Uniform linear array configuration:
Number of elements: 8
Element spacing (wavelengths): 0.25
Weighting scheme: kaiser
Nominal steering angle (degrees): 0
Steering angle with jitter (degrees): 0.4798
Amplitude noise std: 0.05
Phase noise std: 0.05

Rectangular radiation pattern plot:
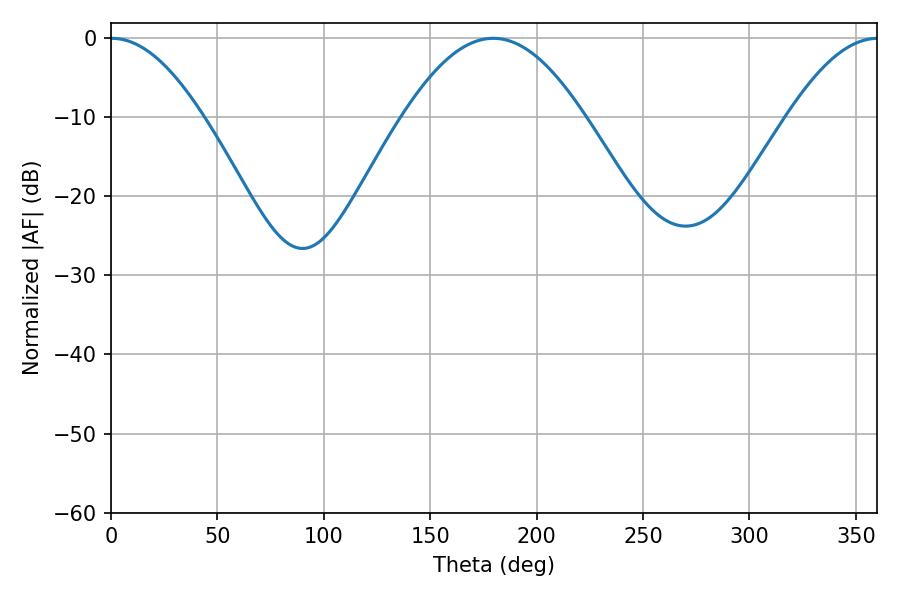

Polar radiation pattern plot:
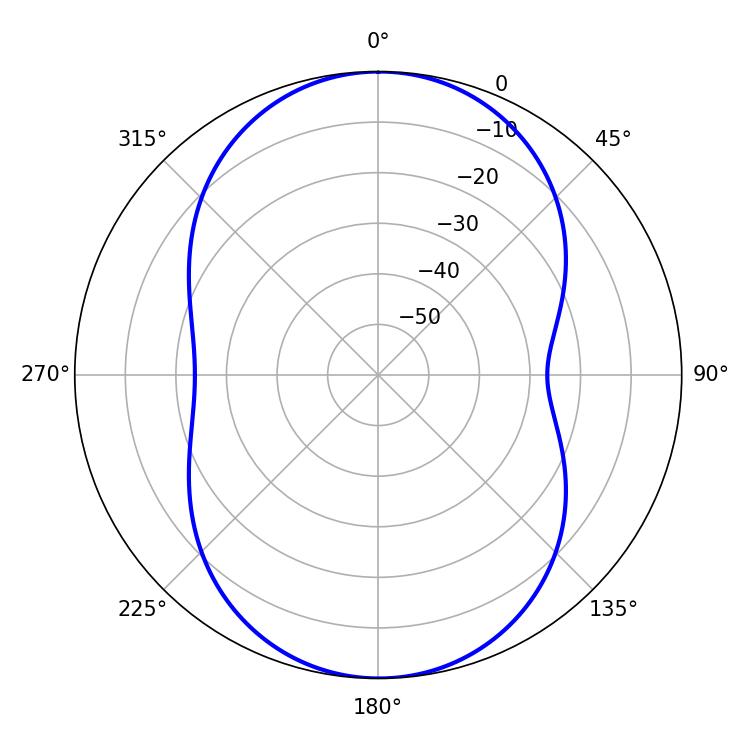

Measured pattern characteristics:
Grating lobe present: FALSE
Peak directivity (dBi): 25.071
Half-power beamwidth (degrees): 23.58
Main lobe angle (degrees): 0.36